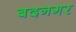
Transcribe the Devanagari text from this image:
बदनगर